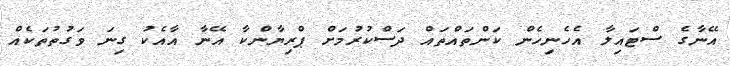
އޭނާގެ ސްޓައިލާ އެހެނިހެން ކަންތައްތައް ދަސްކުރުމަށް ޕްރިޔާންކާ އޭނާ އާއެކު ގިނަ ވަގުތުތަކެއް